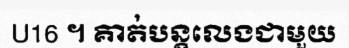
U16 ។ គាត់បន្តលេងជាមួយ